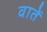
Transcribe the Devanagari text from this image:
वातें